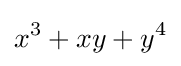
x^{3}+xy+y^{4}